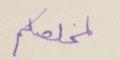
لمخلصكم